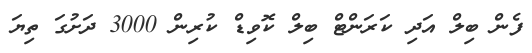
ފެން ބިލް އަދި ކަރަންޓް ބިލް ކޮވިޑް ކުރިން 3000 ދަށުގަ ތިޔަ